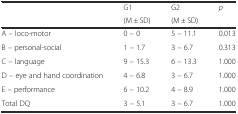
| <ROWSPAN=2>  | G1 | G2 | <ROWSPAN=2> p |
 | (M ± SD) | (M ± SD) |
 | --- | --- | --- | --- |
 | A – loco-motor | 0 – 0 | 5 – 11.1 | 0.013 |
 | B – personal-social | 1 – 1.7 | 3 – 6.7 | 0.313 |
 | C – language | 9 – 15.3 | 6 – 13.3 | 1.000 |
 | D – eye and hand coordination | 4 – 6.8 | 3 – 6.7 | 1.000 |
 | E – performance | 6 – 10.2 | 4 – 8.9 | 1.000 |
 | Total DQ | 3 – 5.1 | 3 – 6.7 | 1.000 |